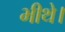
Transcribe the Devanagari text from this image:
भीथे।